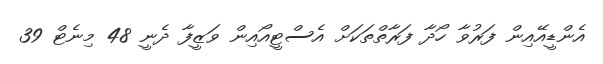
އެންޑީއޭއިން ފަރުވާ ހޯދާ ފަރާތްތަކަށް އެސްޓީއޯއިން ވަޒީފާ ދެނީ 48 މިނެޓް 39